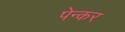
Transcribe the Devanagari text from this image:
पेन्कर